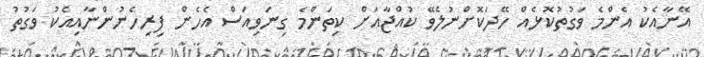
އޭނާއެކު އެންމެ ވަގުތުކޮޅެއް ހޭދަކޮށްނުލެވޭ ކުއްޖާއަށް ކިތަންމެ ގިނަވިއަސް އެހެން ފިރިހެނުންނާއިއެކު ވަގުތު